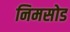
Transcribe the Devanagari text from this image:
निमसोड